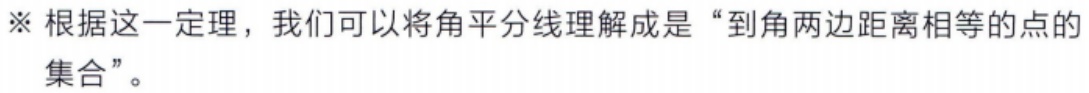
※ 根据这一定理，我们可以将角平分线理解成是“到角两边距离相等的点的集合”。